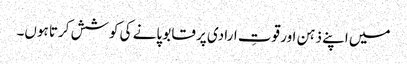
میں اپنے ذہن اور قوتِ ارادی پر قابو پانے کی کوشش کرتا ہوں۔